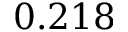
0 . 2 1 8